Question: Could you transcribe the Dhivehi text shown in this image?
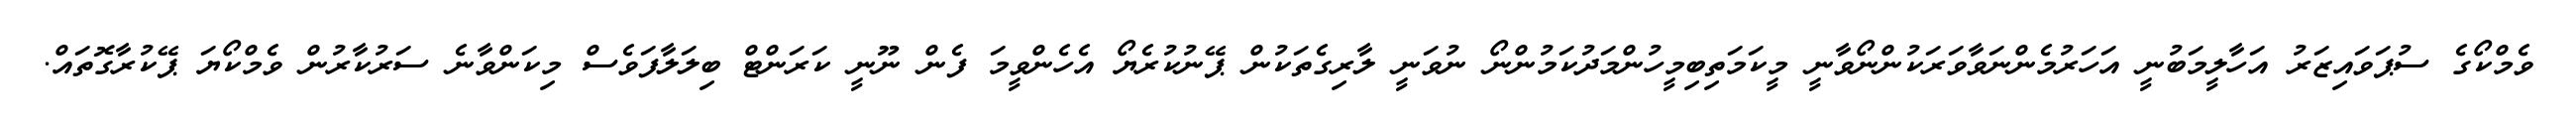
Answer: ވެމްކޯގެ ސުޕަވައިޒަރު އަހާލީމަބުނީ އަހަރުމެންނަވާވަރަކުންނޯވާނީ މީކަމަތިބިމީހުންމަދުކަމުންނޯ ނުވަނީ ލާރިގެތަކުން ޕޭނުކުރެޔޯ އެހެންވީމަ ފެން ނޫނީ ކަރަންޓް ބިލަލާފަވެސް މިކަންވާނެ ސަރުކާރުން ވެމްކޯޔަ ޕޭކުރާގޮތައް.